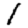
Digit: 1